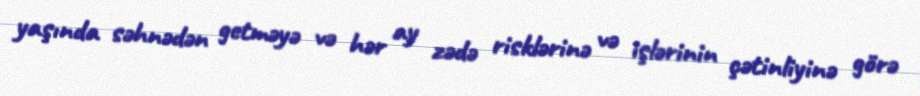
yaşında səhnədən getməyə və hər ay zədə risklərinə və işlərinin çətinliyinə görə